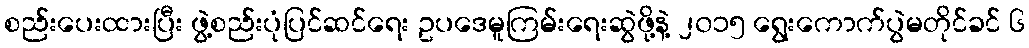
စည်းပေးထားပြီး ဖွဲ့စည်းပုံပြင်ဆင်ရေး ဥပဒေမူကြမ်းရေးဆွဲဖို့နဲ့ ၂၀၁၅ ရွေးကောက်ပွဲမတိုင်ခင် ၆